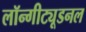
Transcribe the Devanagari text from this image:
लॉन्गीट्यूडनल